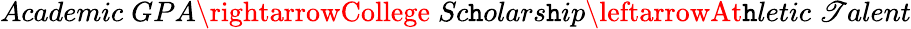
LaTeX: Academic\; GPA\rightarrowCollege\; Sc\mathtt{h}olars\mathtt{h}ip\leftarrowAt\mathtt{h}letic\; \mathscr{T}alent